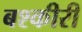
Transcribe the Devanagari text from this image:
बश्कीरी